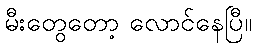
မီးတွေတော့ လောင်နေပြီ။